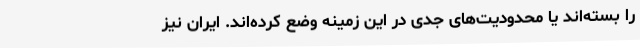
را بسته‌اند یا محدودیت‌های جدی در این زمینه وضع کرده‌اند. ایران نیز